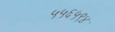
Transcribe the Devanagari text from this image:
५५६५९४